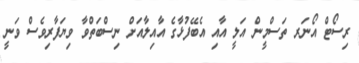
ރިސޯޓް އޯނަރ ތަސްމީން އަލީ އާއި އެބޭފުޅާގެ އާއިލާއަށް ނިސްބަތްވާ ވިޔަފާރިވެސް ވަނީ